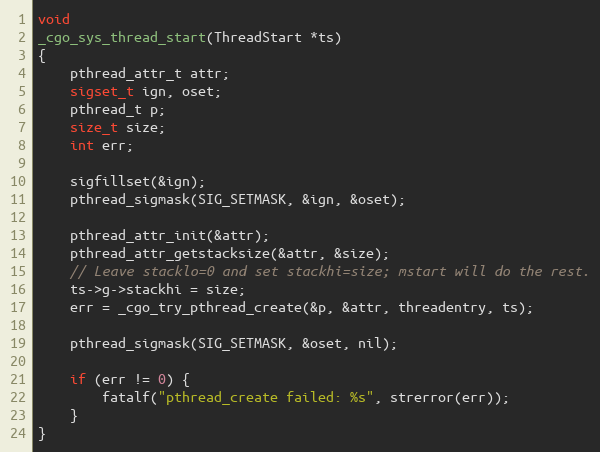
Language: C
void
_cgo_sys_thread_start(ThreadStart *ts)
{
	pthread_attr_t attr;
	sigset_t ign, oset;
	pthread_t p;
	size_t size;
	int err;

	sigfillset(&ign);
	pthread_sigmask(SIG_SETMASK, &ign, &oset);

	pthread_attr_init(&attr);
	pthread_attr_getstacksize(&attr, &size);
	// Leave stacklo=0 and set stackhi=size; mstart will do the rest.
	ts->g->stackhi = size;
	err = _cgo_try_pthread_create(&p, &attr, threadentry, ts);

	pthread_sigmask(SIG_SETMASK, &oset, nil);

	if (err != 0) {
		fatalf("pthread_create failed: %s", strerror(err));
	}
}